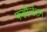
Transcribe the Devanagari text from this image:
फरमैन्टेशन